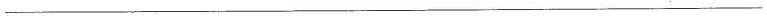
___